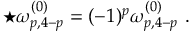
\star \omega _ { p , 4 - p } ^ { ( 0 ) } = ( - 1 ) ^ { p } \omega _ { p , 4 - p } ^ { ( 0 ) } \ .